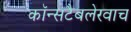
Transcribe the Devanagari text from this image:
कॉन्सटैबलेरवाच